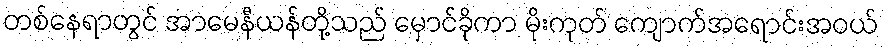
တစ်နေရာတွင် အာမေနီယန်တို့သည် မှောင်ခိုကာ မိုးကုတ် ကျောက်အရောင်းအဝယ်